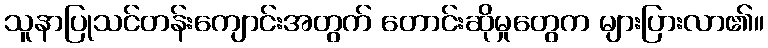
သူနာပြုသင်တန်းကျောင်းအတွက် တောင်းဆိုမှုတွေက များပြားလာ၏။